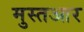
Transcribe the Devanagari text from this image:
मुस्तआर